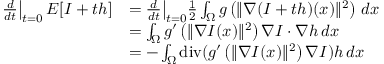
{ \begin{array} { r l } { \left. { \frac { d } { d t } } \right| _ { t = 0 } E [ I + t h ] } & { = { \frac { d } { d t } } { \big | } _ { t = 0 } { \frac { 1 } { 2 } } \int _ { \Omega } g \left( \| \nabla ( I + t h ) ( x ) \| ^ { 2 } \right) \, d x } \\ & { = \int _ { \Omega } g ^ { \prime } \left( \| \nabla I ( x ) \| ^ { 2 } \right) \nabla I \cdot \nabla h \, d x } \\ & { = - \int _ { \Omega } \operatorname { d i v } ( g ^ { \prime } \left( \| \nabla I ( x ) \| ^ { 2 } \right) \nabla I ) h \, d x } \end{array} }